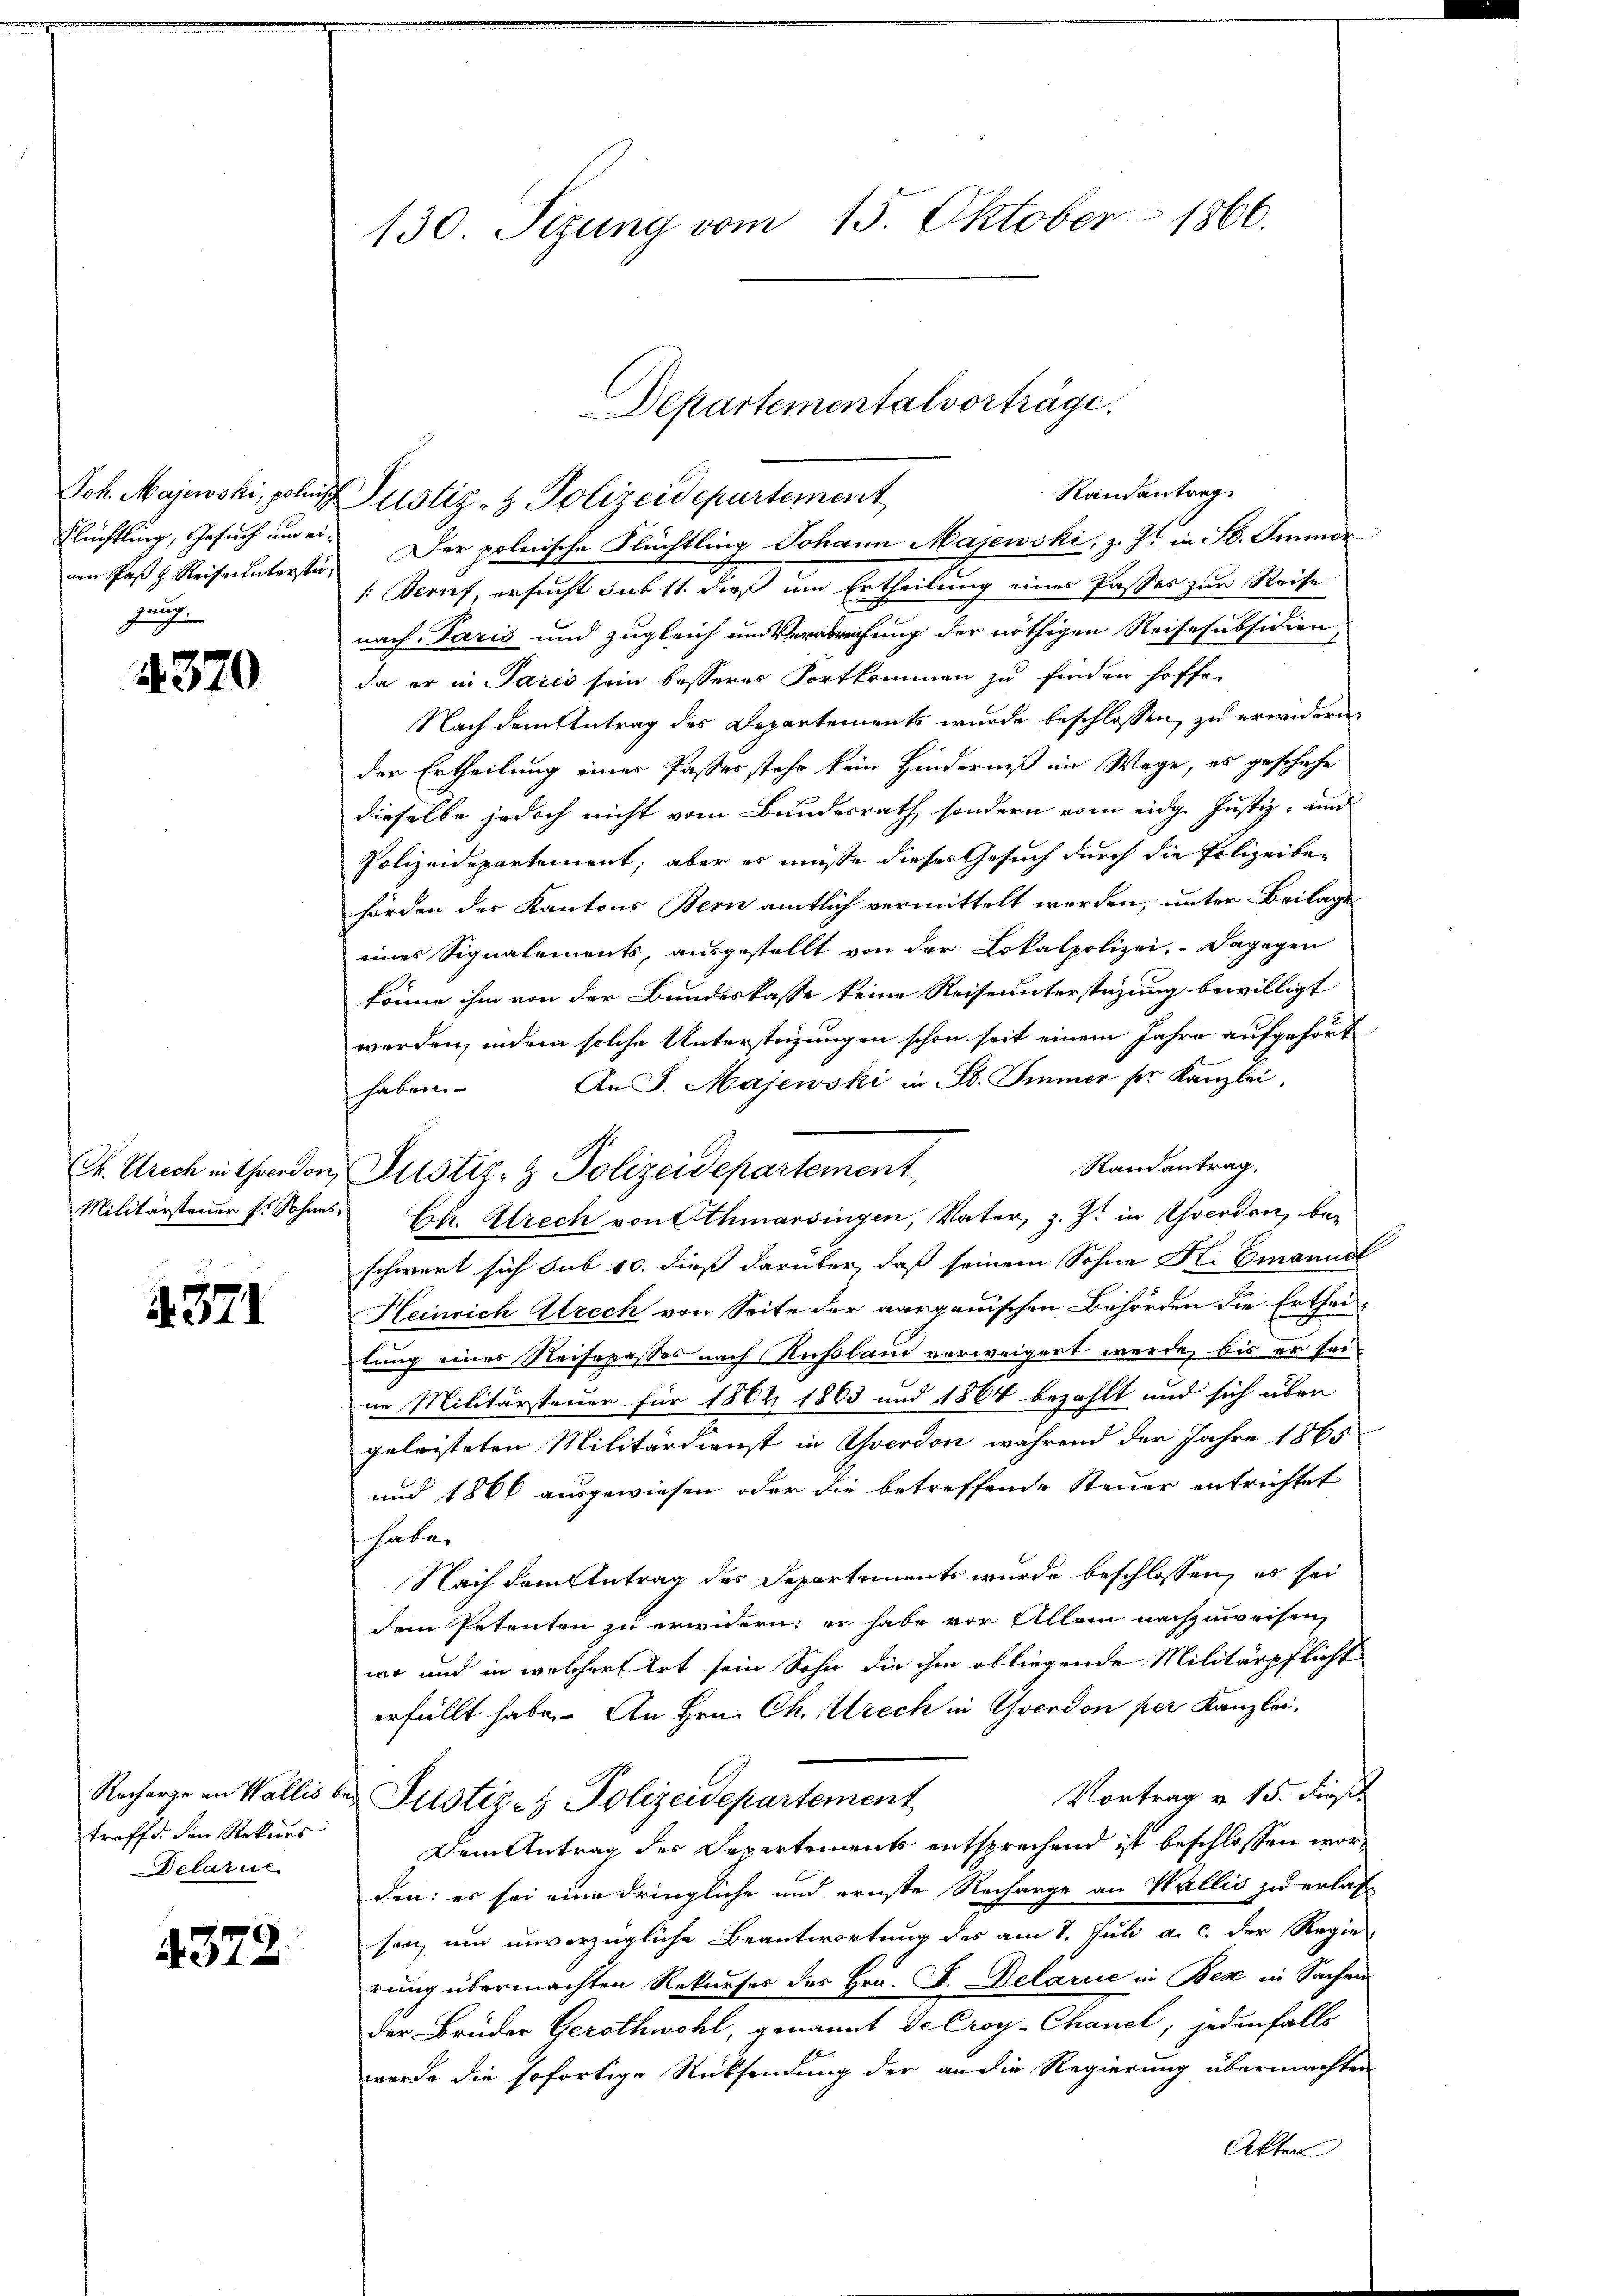
Joh. Majewski, poliz
Flüchtling, Gesuch um einen Paß z. Reise unterstä
junge

370

4371

troffe, den Rekurs
Delarie

4372.

130. Sizung vom 15. Oktober 1866.

Randantrag
Justiz- & Polizeidepartement
Der polnische Flüchtling Johann Majewski, z. Zt. in St. Immer
: Beruf, ersucht sub 11. dieß um Ertheilung eines Passes zur Reise
nach Paris und zugleich um Verabreifung der nöthigen Reisesubsidien,
da er in Paris sein besseres Fortkommen zu finden hoffe.
Nach dem Antrag des Departements wurde beschlossen, zu erwidern,
der Ertheilung eines Passes stehe kein Hinderniß im Wege, es geschehe
dieselbe jedoch nicht vom Bundesrath sondern vom eidg. Justiz- u
Polizeidepartement, aber es müße dieses Gesuch durch die Polizeibehörden des Kantons Bern amtlich vermittelt werden, unter Beilage
eines Signalements, ausgestellt von der Lokalpolizei, dagegen
könne ihm von der Bundeskasse keine Reiseunterstüzung bewilligt
werden, indem solche Unterstüzungen schon seit einem Jahre aufgehört
An J. Majewski in St. Immer sr. Kanzlei,
haben.
Randantrag.
Militärsteuer s. Sohnes E. Strech von Athmarsingen, Nator, z. Zt. in Yverdon, beschwert sich sub 10. dieß darüber, daß seinem Sohne K. Emanuel
Heinrich rech von Seite der aargauischen Behörden die Ertheilung eines Neisopasses nach Rußland verweigert werde, bis er sei
ne Militärsteuer für 1862 1863 und 1864 bezahlt und sich über
geleisteten Militärdienst in verdon während der Jahre 1865
und 1866 ausgewiesen oder die betreffende Steuer entrichtet
haten
Nach dem Antrag des Departements wurde beschlossen, es sei
dem Petenten zu erwidern; er habe vor Allem nachzuweisen,
wo und in welcher Art sein Sohn die ihm obliegende Militärpflicht
erfüllt habe. An Hrn. Ch. rech in Yverdon per Kanzlei,
Vortrag v. 15. dies
Recharge in Wallis bei Justiz- & Polizeidepartement
Dem Antrag des Departements entsprechend ist beschlossen worden: es sei eine dringliche und ernste Recharge an Wallis zu erlas
sen, um unverzügliche Beantwortung des am 1. Juli a. c. der Regie-
rung übermachten Rekurses des Hrn. F. Delarie in Bese in Sachen
der Brüder Gerothwohl, genannt de Croy-Chanel; jedenfalls
werde die sofortige Rücksendung der an die Regierung übermachten
Akten

Ch Urech mitherden Pustiz- & Polizeidepartement,

Departementalvorträge.